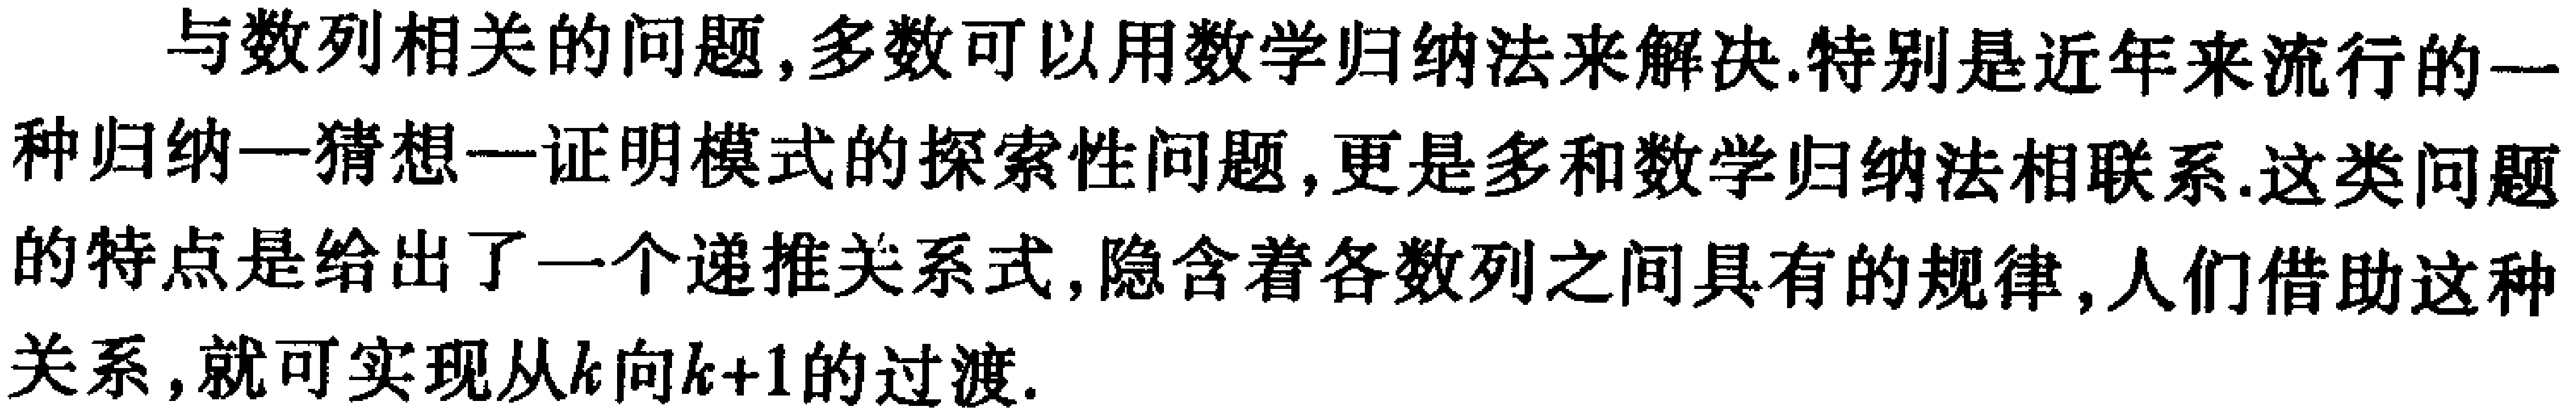
与数列相关的问题,多数可以用数学归纳法来解决.特别是近年来流行的一种归纳—猜想—证明模式的探索性问题,更是多和数学归纳法相联系.这类问题的特点是给出了一个递推关系式,隐含着各数列之间具有的规律,人们借助这种关系,就可实现从\(k\)向\(k + 1\)的过渡.